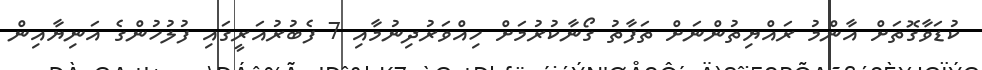
ކުޑަވާގޮތަށް އާންމު ރައްޔިތުންނަށް ތަފާތު ގޯނާކުރުމަށް ހިއްވަރުދިނުމާއި 7 ފެބުރުއަރީގައި ފުލުހުންގެ އަނިޔާއިން